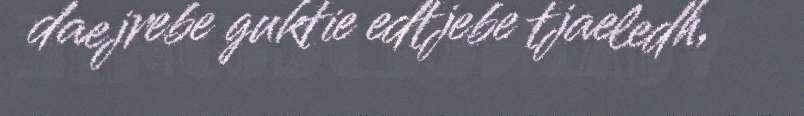
daejrebe guktie edtjebe tjaeledh,